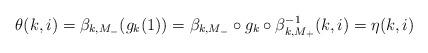
LaTeX: \begin{align*}\theta(k,i)=\beta_{k,M_-}(g_k(1))=\beta_{k,M_-}\circ g_k \circ \beta_{k,M_+}^{-1}(k,i)=\eta(k,i)\end{align*}